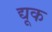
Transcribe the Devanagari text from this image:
द्यूक